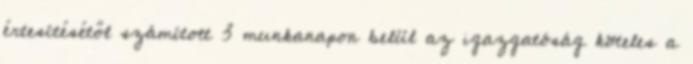
értesítésétől számított 3 munkanapon belül az igazgatóság köteles a